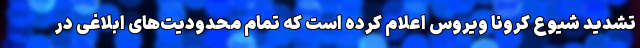
تشدید شیوع کرونا ویروس اعلام کرده است که تمام محدودیت‌های ابلاغی در